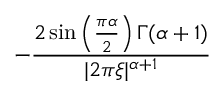
- { \frac { 2 \sin \left( { \frac { \pi \alpha } { 2 } } \right) \Gamma ( \alpha + 1 ) } { | 2 \pi \xi | ^ { \alpha + 1 } } }